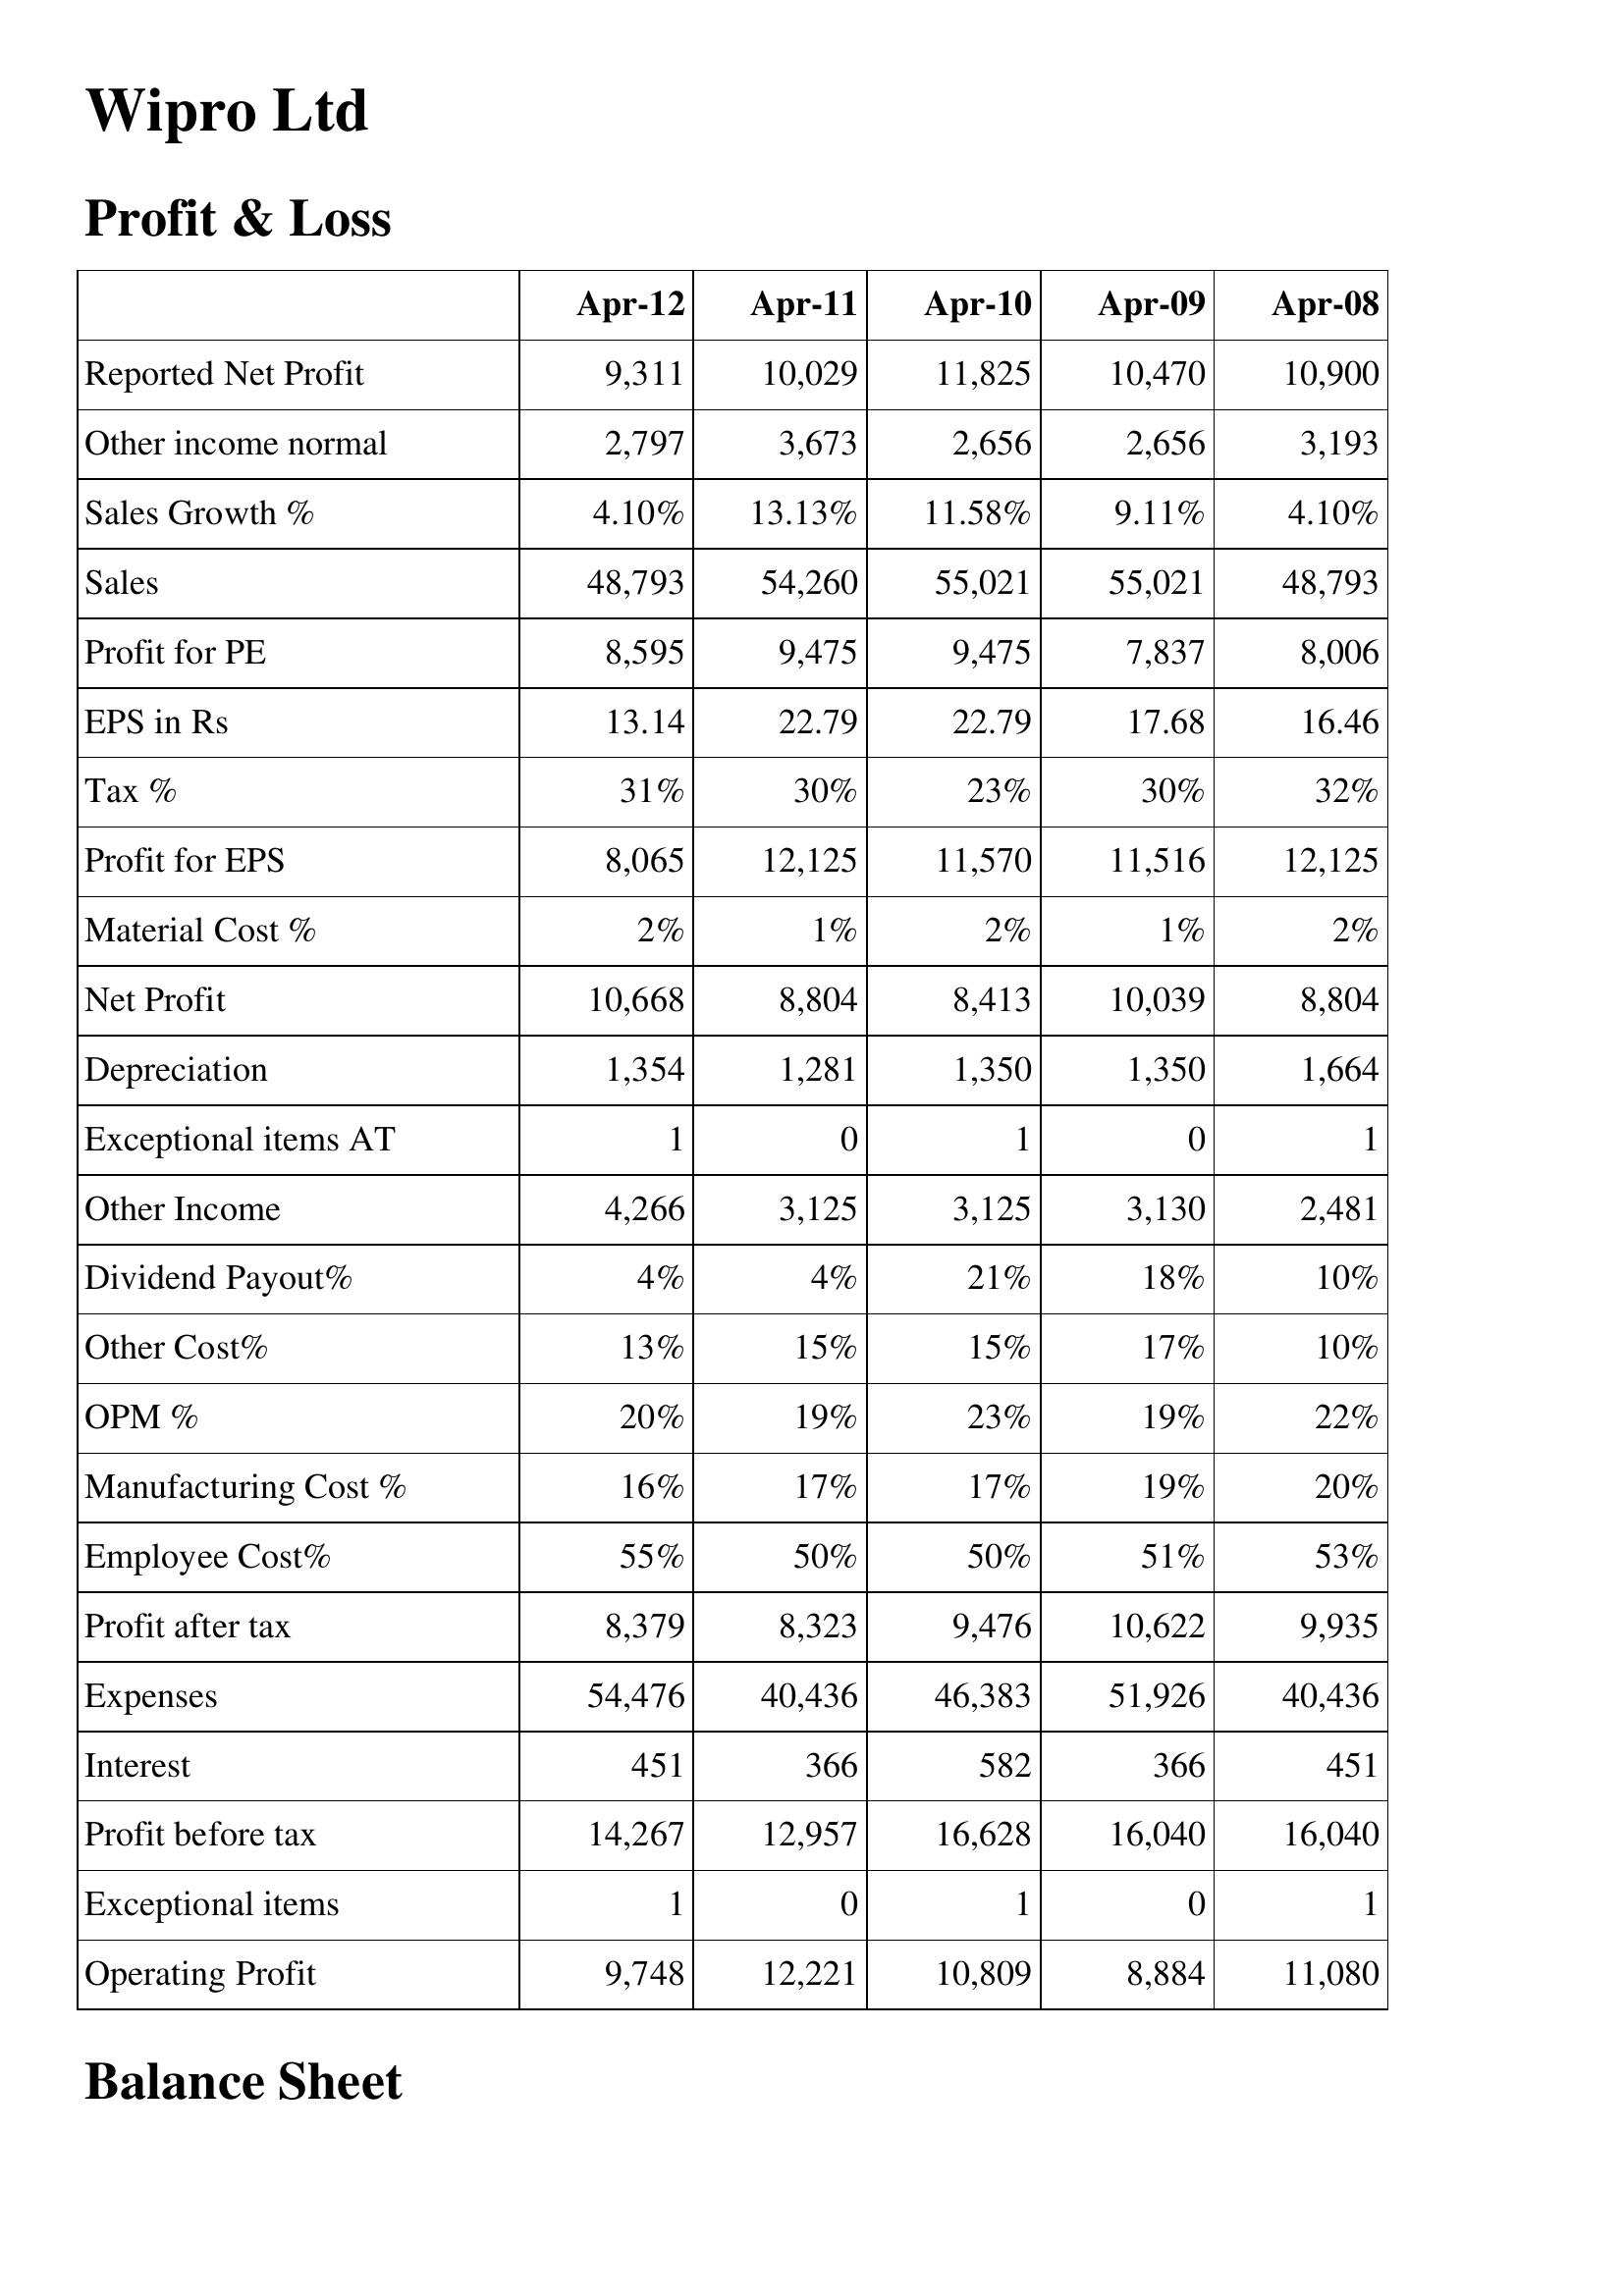
Apr-12: Profit & Loss: Reported Net Profit: 9,311
Other income normal: 2,797
Sales Growth %: 4.10%
Sales: 48,793
Profit for PE: 8,595
EPS in Rs: 13.14
Tax %: 31%
Profit for EPS: 8,065
Material Cost %: 2%
Net Profit: 10,668
Depreciation: 1,354
Exceptional items AT: 1
Other Income: 4,266
Dividend Payout%: 4%
Other Cost%: 13%
OPM %: 20%
Manufacturing Cost %: 16%
Employee Cost%: 55%
Profit after tax: 8,379
Expenses: 54,476
Interest: 451
Profit before tax: 14,267
Exceptional items: 1
Operating Profit: 9,748
Apr-11: Profit & Loss: Reported Net Profit: 10,029
Other income normal: 3,673
Sales Growth %: 13.13%
Sales: 54,260
Profit for PE: 9,475
EPS in Rs: 22.79
Tax %: 30%
Profit for EPS: 12,125
Material Cost %: 1%
Net Profit: 8,804
Depreciation: 1,281
Exceptional items AT: 0
Other Income: 3,125
Dividend Payout%: 4%
Other Cost%: 15%
OPM %: 19%
Manufacturing Cost %: 17%
Employee Cost%: 50%
Profit after tax: 8,323
Expenses: 40,436
Interest: 366
Profit before tax: 12,957
Exceptional items: 0
Operating Profit: 12,221
Apr-10: Profit & Loss: Reported Net Profit: 11,825
Other income normal: 2,656
Sales Growth %: 11.58%
Sales: 55,021
Profit for PE: 9,475
EPS in Rs: 22.79
Tax %: 23%
Profit for EPS: 11,570
Material Cost %: 2%
Net Profit: 8,413
Depreciation: 1,350
Exceptional items AT: 1
Other Income: 3,125
Dividend Payout%: 21%
Other Cost%: 15%
OPM %: 23%
Manufacturing Cost %: 17%
Employee Cost%: 50%
Profit after tax: 9,476
Expenses: 46,383
Interest: 582
Profit before tax: 16,628
Exceptional items: 1
Operating Profit: 10,809
Apr-09: Profit & Loss: Reported Net Profit: 10,470
Other income normal: 2,656
Sales Growth %: 9.11%
Sales: 55,021
Profit for PE: 7,837
EPS in Rs: 17.68
Tax %: 30%
Profit for EPS: 11,516
Material Cost %: 1%
Net Profit: 10,039
Depreciation: 1,350
Exceptional items AT: 0
Other Income: 3,130
Dividend Payout%: 18%
Other Cost%: 17%
OPM %: 19%
Manufacturing Cost %: 19%
Employee Cost%: 51%
Profit after tax: 10,622
Expenses: 51,926
Interest: 366
Profit before tax: 16,040
Exceptional items: 0
Operating Profit: 8,884
Apr-08: Profit & Loss: Reported Net Profit: 10,900
Other income normal: 3,193
Sales Growth %: 4.10%
Sales: 48,793
Profit for PE: 8,006
EPS in Rs: 16.46
Tax %: 32%
Profit for EPS: 12,125
Material Cost %: 2%
Net Profit: 8,804
Depreciation: 1,664
Exceptional items AT: 1
Other Income: 2,481
Dividend Payout%: 10%
Other Cost%: 10%
OPM %: 22%
Manufacturing Cost %: 20%
Employee Cost%: 53%
Profit after tax: 9,935
Expenses: 40,436
Interest: 451
Profit before tax: 16,040
Exceptional items: 1
Operating Profit: 11,080